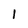
Character: 1